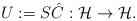
LaTeX: \begin{align*}U:=S\hat C:\mathcal H\to\mathcal H.\end{align*}